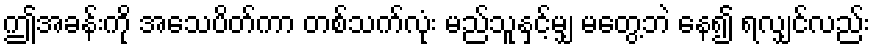
ဤအခန်းကို အသေပိတ်ကာ တစ်သက်လုံး မည်သူနှင့်မျှ မတွေ့ဘဲ နေ၍ ရလျှင်လည်း